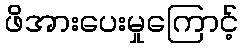
ဖိအားပေးမှုကြောင့်